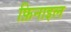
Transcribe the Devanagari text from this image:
फ़िनाइल